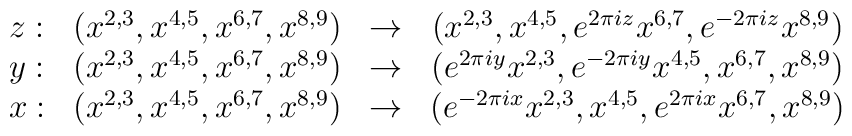
\begin{array}{c c c c}z:&\left(x^{2,3},x^{4,5},x^{6,7},x^{8,9}\right)&\to&\left(x^{2,3},x^{4,5},e^{2\pi i z}x^{6,7},e^{-2\pi i z}x^{8,9}\right)\\y:&\left(x^{2,3},x^{4,5},x^{6,7},x^{8,9}\right)&\to&\left(e^{2\pi i y}x^{2,3},e^{-2\pi i y}x^{4,5},x^{6,7},x^{8,9}\right)\\x:&\left(x^{2,3},x^{4,5},x^{6,7},x^{8,9}\right)&\to&\left(e^{-2\pi i x}x^{2,3},x^{4,5},e^{2\pi i x}x^{6,7},x^{8,9}\right)\\\end{array}